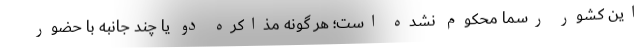
این کشور رسما محکوم نشده است؛ هر گونه مذاکره دو یا چند جانبه با حضور